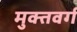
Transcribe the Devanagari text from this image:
मुक्तवर्ग